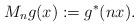
LaTeX: \begin{align*} M_ng(x):=g^*(nx).\end{align*}